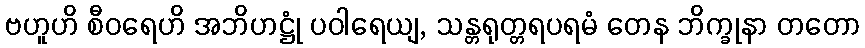
ဗဟူဟိ စီဝရေဟိ အဘိဟဋ္ဌုံ ပဝါရေယျ, သန္တရုတ္တရပရမံ တေန ဘိက္ခုနာ တတော